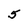
Character: 5